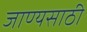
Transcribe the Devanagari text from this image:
जाण्यसाठी